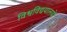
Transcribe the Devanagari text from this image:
विश्वविद्ययालयों